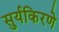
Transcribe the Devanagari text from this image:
सुर्यकिरणे